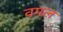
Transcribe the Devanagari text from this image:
वमल